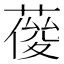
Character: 𦹿